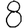
Digit: 8